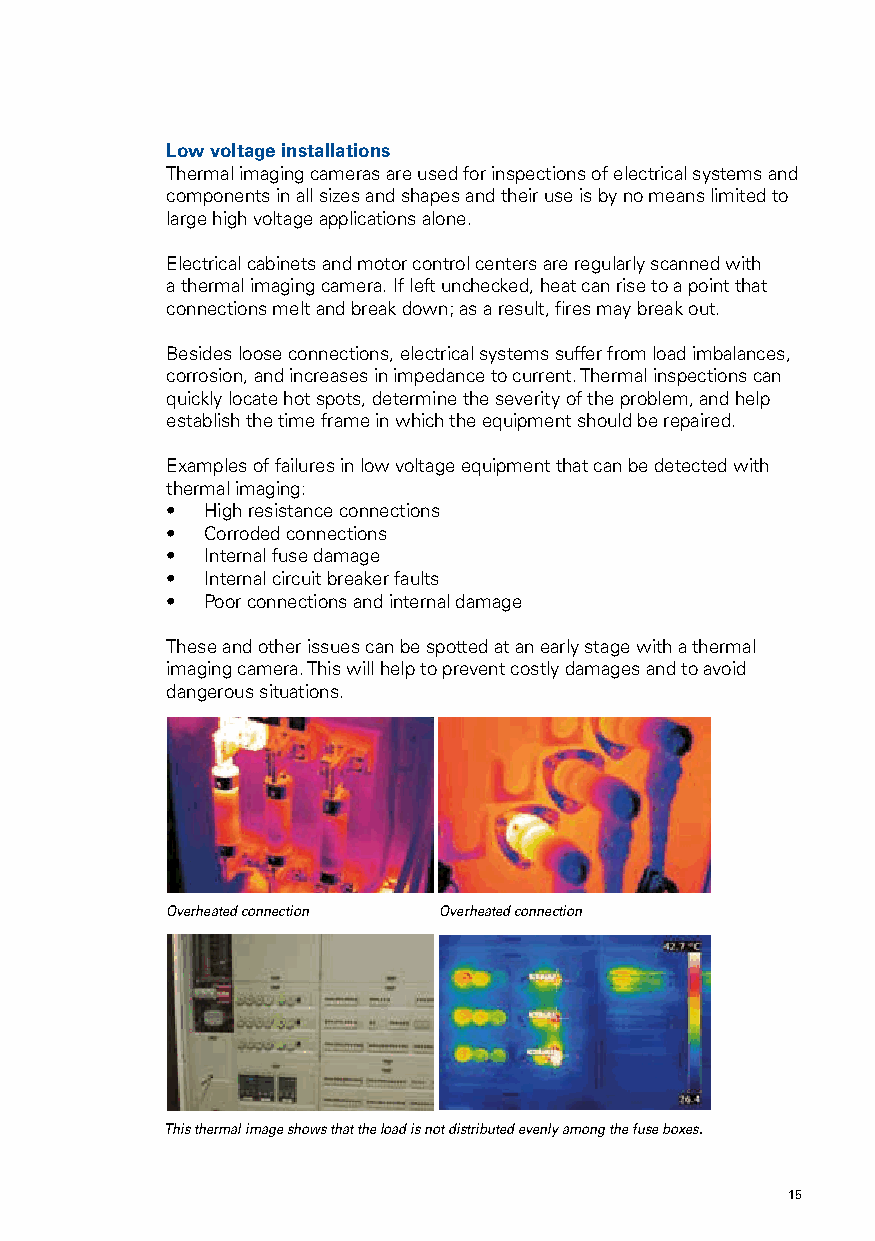
Low voltage installations
 Thermal imaging cameras are used for inspections of electrical systems and
 components in all sizes and shapes and their use is by no means limited to
 large high voltage applications alone.
 Electrical cabinets and motor control centers are regularly scanned with
 a thermal imaging camera. If left unchecked, heat can rise to a point that
 connections melt and break down; as a result, fires may break out.
 Besides loose connections, electrical systems suffer from load imbalances,
 corrosion, and increases in impedance to current. Thermal inspections can
 quickly locate hot spots, determine the severity of the problem, and help
 establish the time frame in which the equipment should be repaired.
 Examples of failures in low voltage equipment that can be detected with
 thermal imaging:
 • High resistance connections
 • Corroded connections
 • Internal fuse damage
 • Internal circuit breaker faults
 • Poor connections and internal damage
 These and other issues can be spotted at an early stage with a thermal
 imaging camera. This will help to prevent costly damages and to avoid
 dangerous situations.
 Overheated connection Overheated connection
 This thermal image shows that the load is not distributed evenly among the fuse boxes.
 14                                                  15